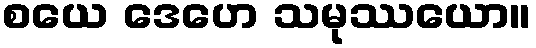
စယေ ဒေဟေ သမုဿယော။